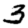
Digit: 3